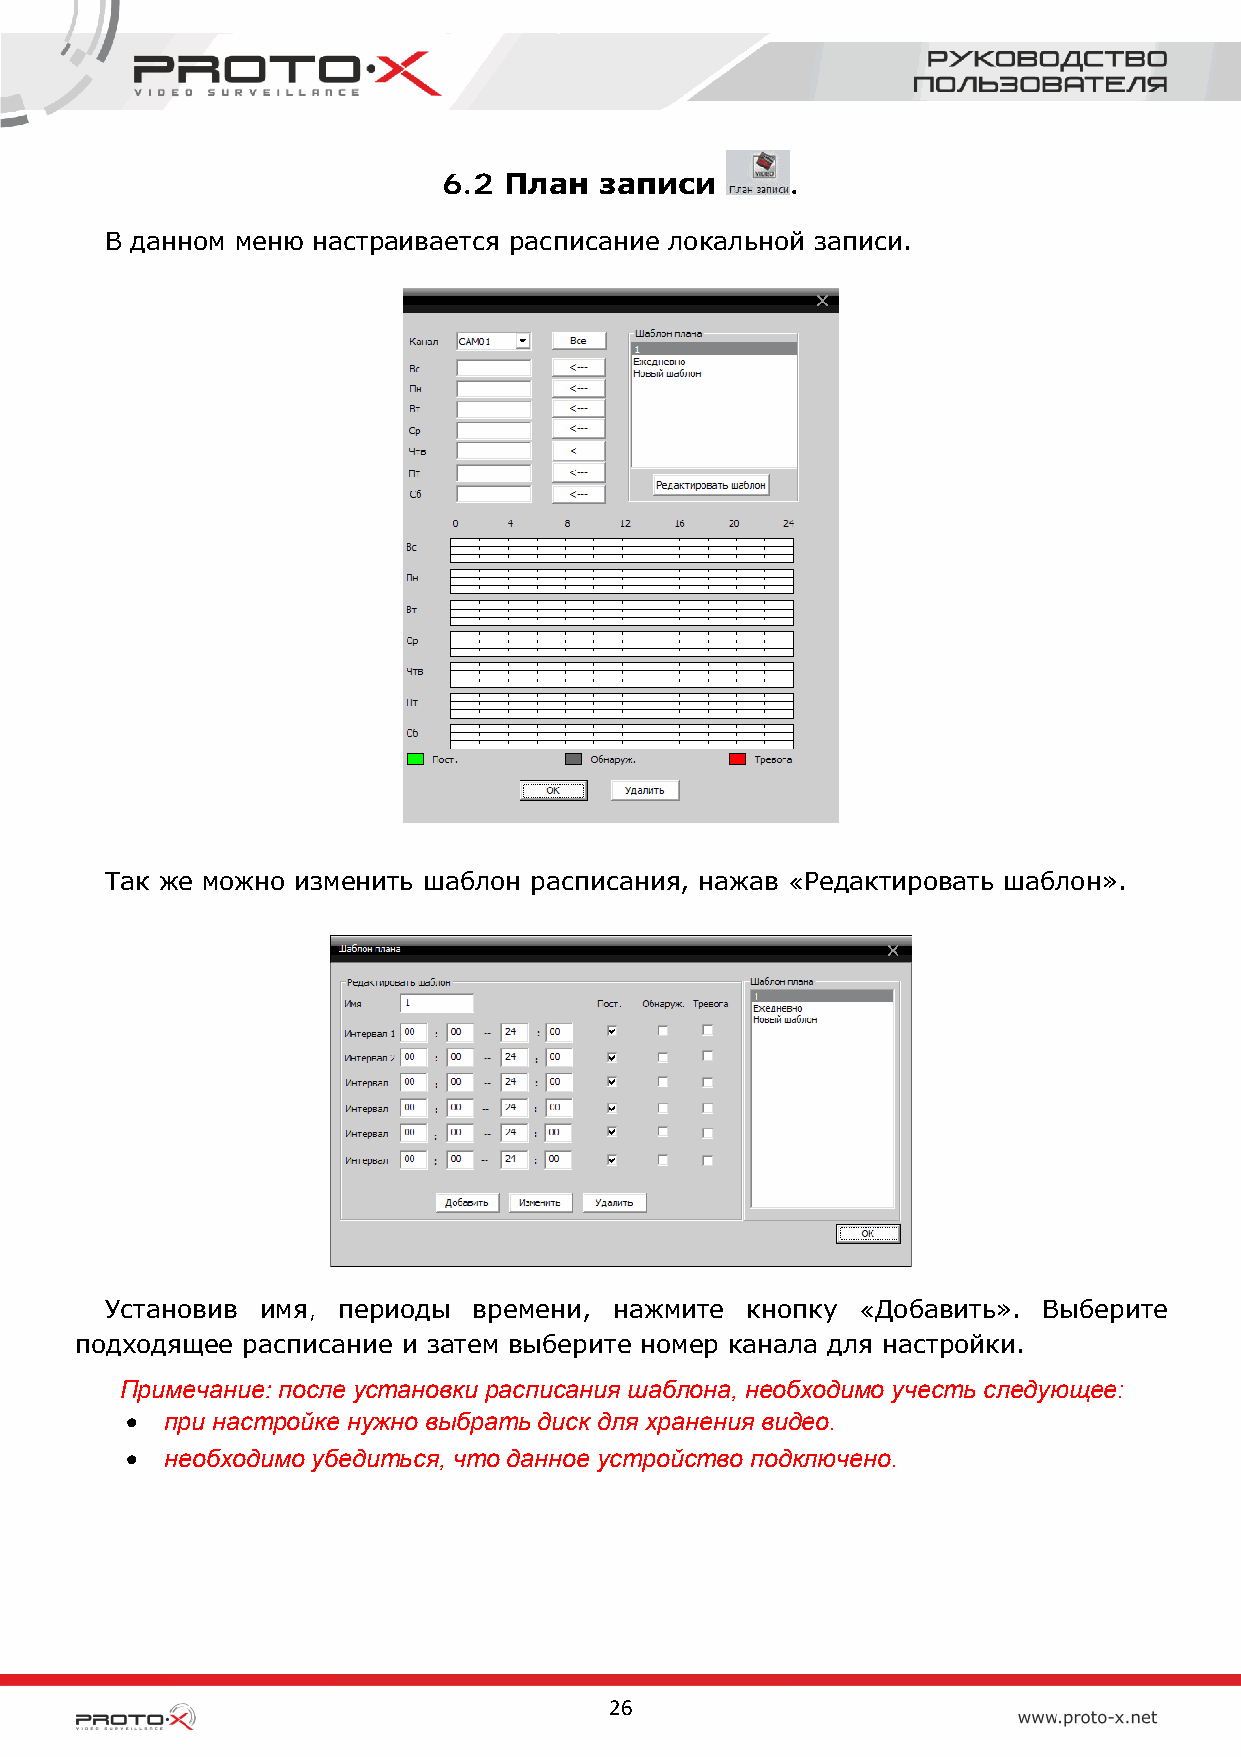
6.2 План   записи      .
 В данном меню настраивается расписание локальной записи.
 Так же можно изменить шаблон расписания, нажав «Редактировать шаблон».
 Установив имя, периоды  времени,  нажмите кнопку  «Добавить». Выберите
 подходящее расписание и затем выберите номер канала для настройки.
 Примечание: после установки расписания шаблона, необходимо учесть следующее:
 •  при настройке нужно выбрать диск для хранения видео.
 •  необходимо убедиться, что данное устройство подключено.
 26